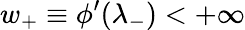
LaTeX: w_{+}\equiv\phi^{\prime}(\lambda_{-})<+\infty